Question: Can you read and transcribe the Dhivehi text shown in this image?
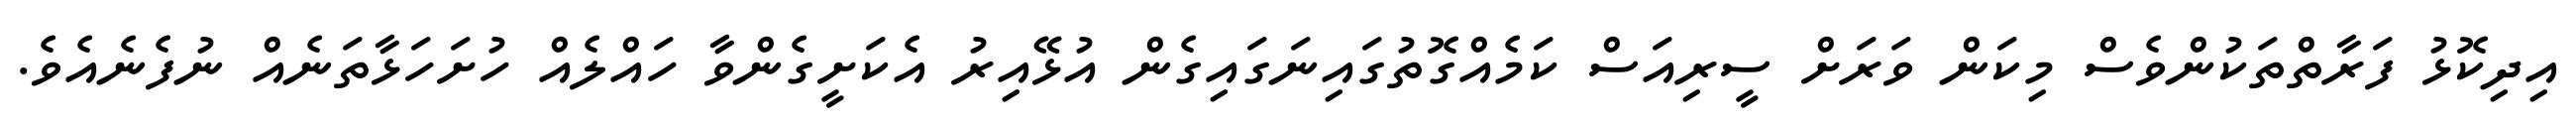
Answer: އިދިކޮޅު ފަރާތްތަކުންވެސް މިކަން ވަރަށް ސީރިއަސް ކަމެއްގޮތުގައިނަގައިގެން އުޅޭއިރު އެކަށީގެންވާ ހައްލެއް ހުށަހަޅާތަނެއް ނުފެނެއެވެ.